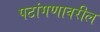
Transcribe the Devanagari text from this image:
पटांगणावरील